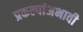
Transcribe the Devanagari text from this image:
प्रकल्पांअभावी